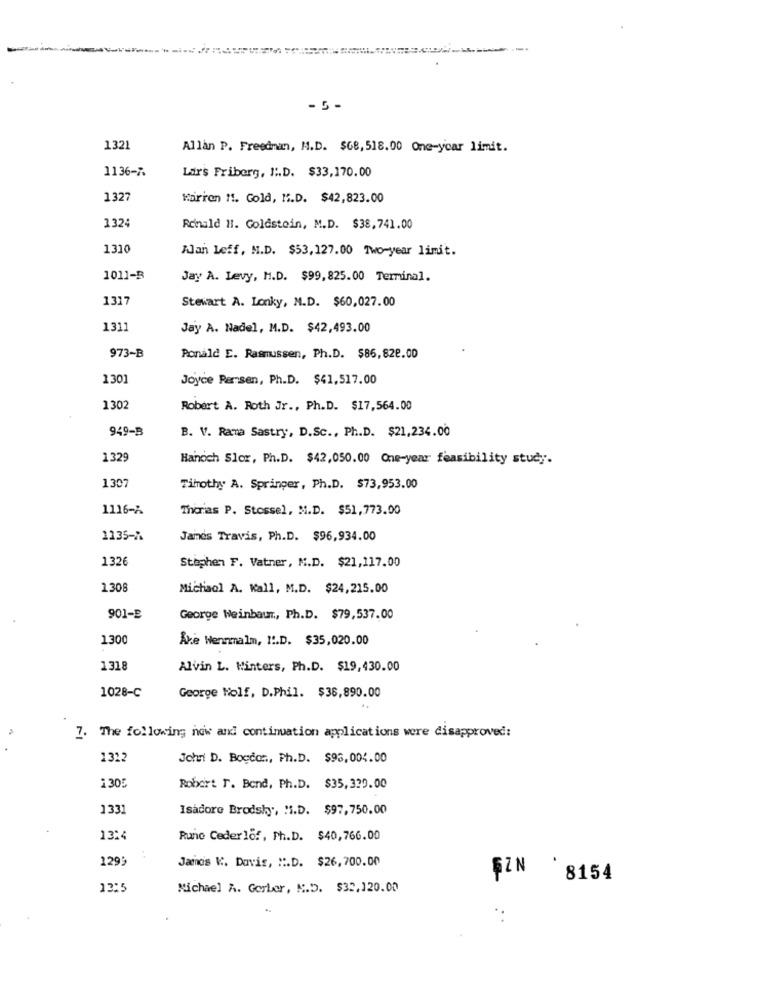
-
- 5 -
1321
Allan P. Freedman, M.D. $68, 518.00 One-year limit.
1136-7
Lars Friberg, I.D. $33,170.00
1327
Warren !!. Gold, M.D. $42,823.00
1324
Ronald 11. Goldstein, M.D. $38,741.00
1310
Alan leff, M.D. $53,127.00 Two-year limit.
1011-B
Jay A. Levy, M.D. $99, 825.00 Terminal.
1317
Stewart A. Lonky, M.D. $60,027.00
1311
Jay A. Nadel, M.D. $42,493.00
973-B
Ponald E. Rasmussen, Ph.D. $86,828.00
1301
Joyce Ramsen, Ph.D. $41.517.00
1302
Robert A. Roth Jr ., Ph.D. $17,564.00
949-B
B. V. Ramma Sastry, D.Sc ., Ph.D. $21,234.00
1329
Hanoch Slor, Ph.D. $42,050.00 One-year feasibility study.
1307
Timothy A. Springer, Ph.D. $73,953.00
1116-2
Theras P. Stossel, M.D. $51,773.00
1135-7
James Travis, Ph.D. $96,934.00
1326
Stephen F. Vatner, M.D. $21,117.00
1308
Michaol A. Kall, M.D. $24,215.00
901-E
George Weinbaur ., Ph.D. $79,537.00
1300
Åke Wennmalm, I.D. $35,020.00
1318
Alvin L. Winters, Ph.D. $19,430.00
1028-C
George Wolf, D.Phil. $36,890.00
7. The following now and continuation applications were disapproved:
1322
John D. Boeder ., Ph.D. $96,004.00
1305
Robert T. Bond, Ph.D. $35,329.00
1331
Isadore Brodsky, M.D. $97,750.00
13:4
Rune Cederlor, Ph.D. $40,766.00
1299
James K. Davis, ".D. $26,700.00
SZN
8154
13:5
Michael A. Gerber, N.D. $32,120.00